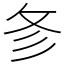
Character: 㣊